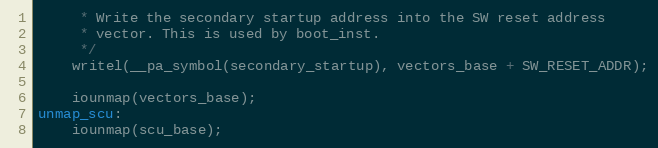
Language: C
	 * Write the secondary startup address into the SW reset address
	 * vector. This is used by boot_inst.
	 */
	writel(__pa_symbol(secondary_startup), vectors_base + SW_RESET_ADDR);

	iounmap(vectors_base);
unmap_scu:
	iounmap(scu_base);